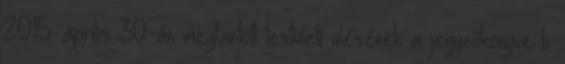
2015. április 30-án megtartott testületi ülésének a jegyzőkönyve b